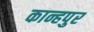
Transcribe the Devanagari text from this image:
कान्हपुर